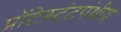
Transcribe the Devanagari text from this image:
प्रॉटेस्टंटपंथीय